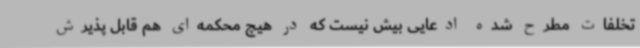
تخلفات مطرح شده ادعایی بیش نیست که در هیچ محکمه‌ای هم قابل پذیرش